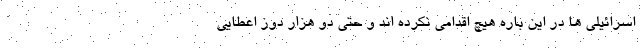
اسرائیلی ها در این باره هیچ اقدامی نکرده اند و حتی دو هزار دوز اعطایی